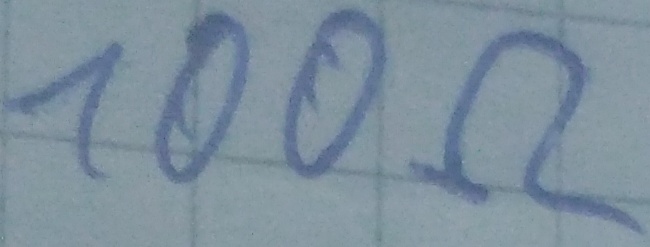
Text: 100Ω